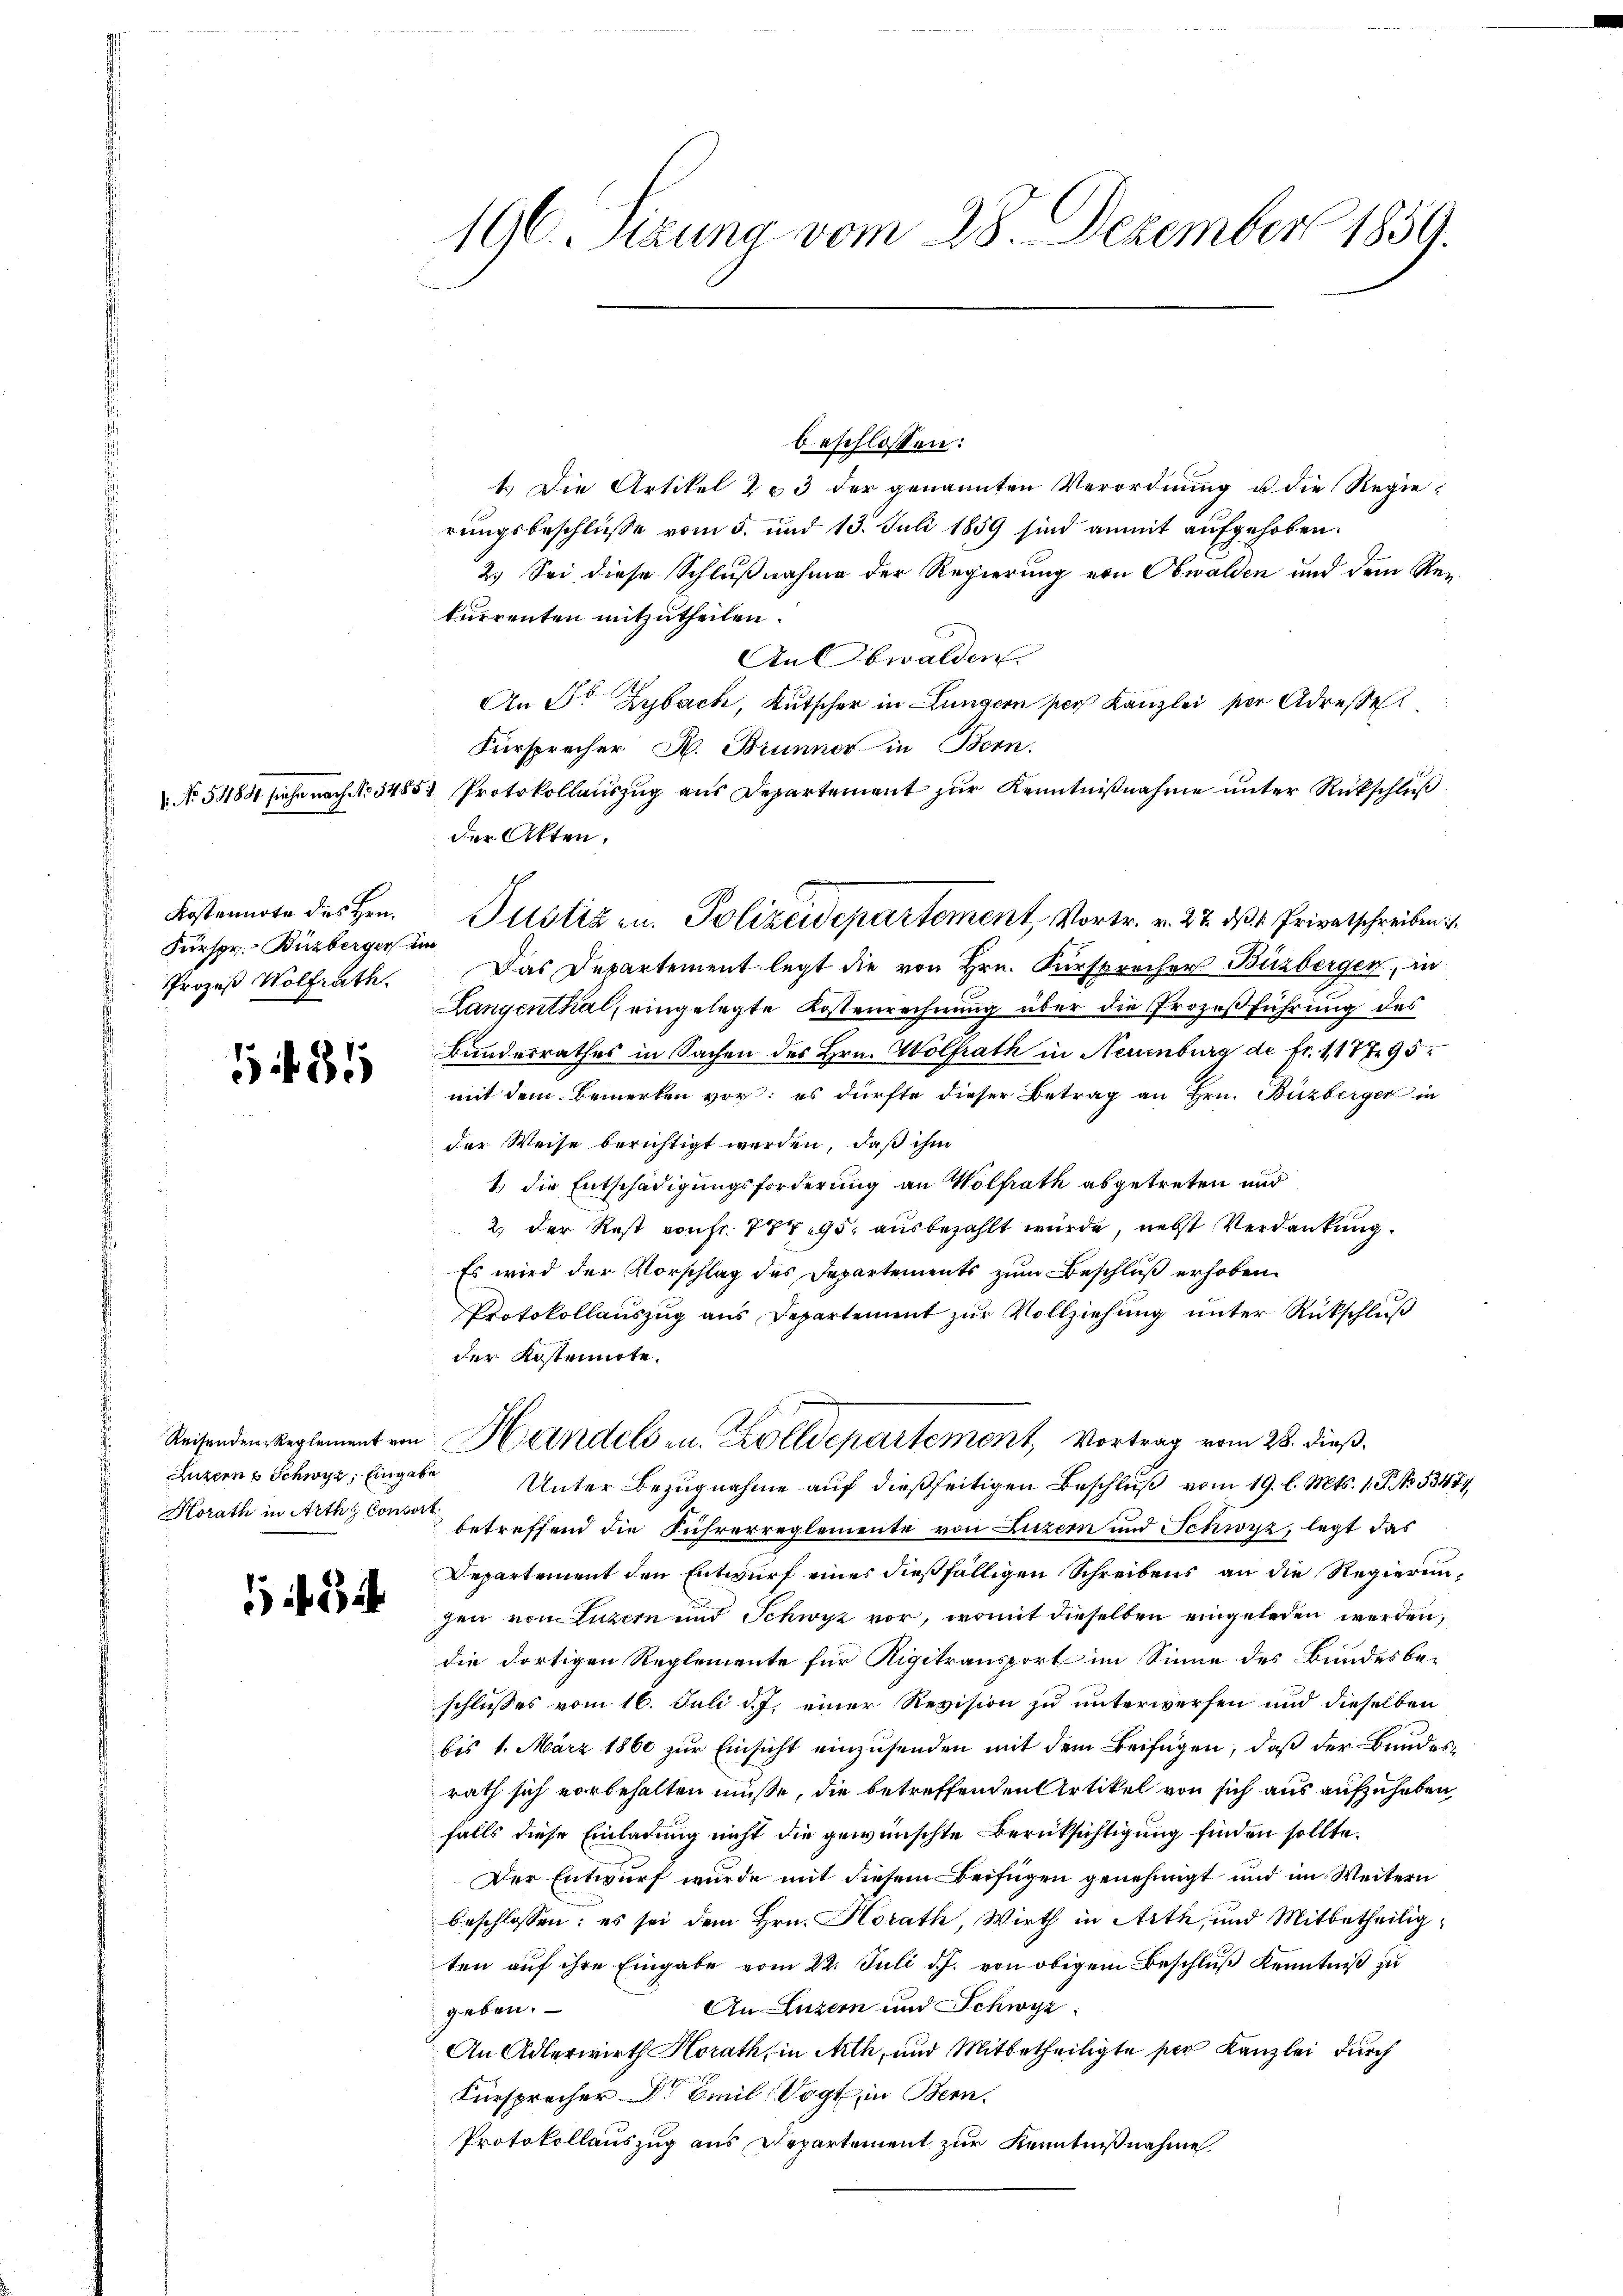
Kostennote des Hrn.
Fürspr. Buzberger im
Prozeß Wolfrath

81

Horath in Arths Consort

1344

196. Sizung vom 28. Dezember 1859.

beschlossen:
1.) Die Artikel 203 der genannten Verordnung u die Regierungsbeschlüße vom 5. und 13. Juli 1859 sind anmit aufgehoben.
2.) Sei diese Schlußnahme der Regierung von Obwalden und dem Rekurrenten mitzutheilen.
An Obwalden.
An Dr Zybach, Kutscher in Lungern sich Kanzlei per Adressel
Fürsprecher H. Brunner in Bern.
 No 5484 siehe nach No 5485) Protokollauszug aus Departement zur Kenntnißnahme unter Rückschluß
der Akten.
Das Departement legt die von Hrn. Fürsprecher Buzberger, in
Langenthal, eingelegte Kostenrechnung über die Prozeßführung des
Bundesrathes in Sachen des Hrn. Wolfrath in Neuenburg de fr. 118795
mit dem Bemerken vor: es dürfte dieser Betrag an Hrn. Buzberger in
der Weise berichtigt werden, daß ihm
1. die Entschädigungsforderung an Wolfrath abgetreten und
2) der Rest von Fr. 7795. ausbezahlt wurde, nebst Verdankung.
Es wird der Vorschlag des Departements zum Beschluß erhoben.
Protokollauszug aus Departement zur Vollziehung unter Rückschluß
der Kostennote.
Reisenden Reglement von Handels u. Zolldepartement, Vortrag vom 28. dieß
Luzern Schwyz, Eingabe Unter Bezugnahme auf dießseitigen Beschluß vom 19. l. Mts. 1 S. 53474
betreffend die Führerreglemente von Luzern und Schwyz, legt das
Departement den Entwurf eines dießfälligen Schreibens an die Regierungen von Luzern und Schwyz vor, womit dieselben eingeladen werden,
die dortigen Reglemente für Rigitransport im Sinne des Bundesbe-
schlusses vom 16. Juli d. J. einer Revision zu unterwerfen und dieselben
bis 1. März 1860 zur Einsicht einzusenden mit dem Beifügen, daß der Bundesrath sich vorbehalten müsse, die betreffenden Artikel von sich aus aufzuheben,
falls diese Einladung nicht die gewünschte Berüksichtigung finden sollte.
Der Entwurf wurde mit diesem Beifügen genehmigt und im Weitern
beschlossen: es sei dem Hrn. Horath, Wirth in Arth, und Mitbetheiligten auf ihre Eingabe vom 22. Juli d. J. von obigem Beschluß Kenntniß zu
An Luzern und Schwyz
geben.
An Adlerwirth Horath, in Arth, und Mitbetheiligte ser Kanzlei durch
Fürsprecher Dr Emil Vogt, in Bern.
Protokollauszug aus Departement zur Kenntnißnahme

Justizen. Polizeidepartement, Vortr. v. 27. d. 1. Privatschreiben